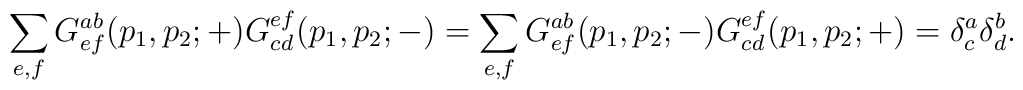
\sum_{e,f}G^{ab}_{ef}(p_1,p_2;  +)G^{ef}_{cd}(p_1,p_2; -)=\sum_{e,f}G^{ab}_{ef}(p_1,p_2; -)G^{ef}_{cd}(p_1,p_2; +)=\delta^a_c \delta^b_d .